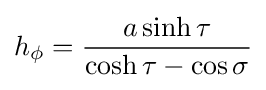
h_{\phi }={\frac {a\sinh \tau }{\cosh \tau -\cos \sigma }}